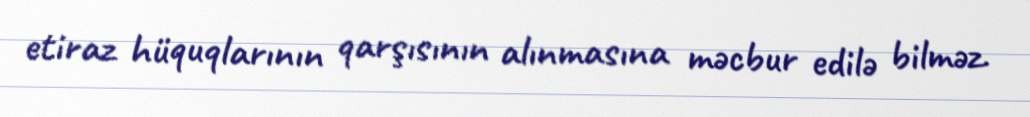
etiraz hüquqlarının qarşısının alınmasına məcbur edilə bilməz.